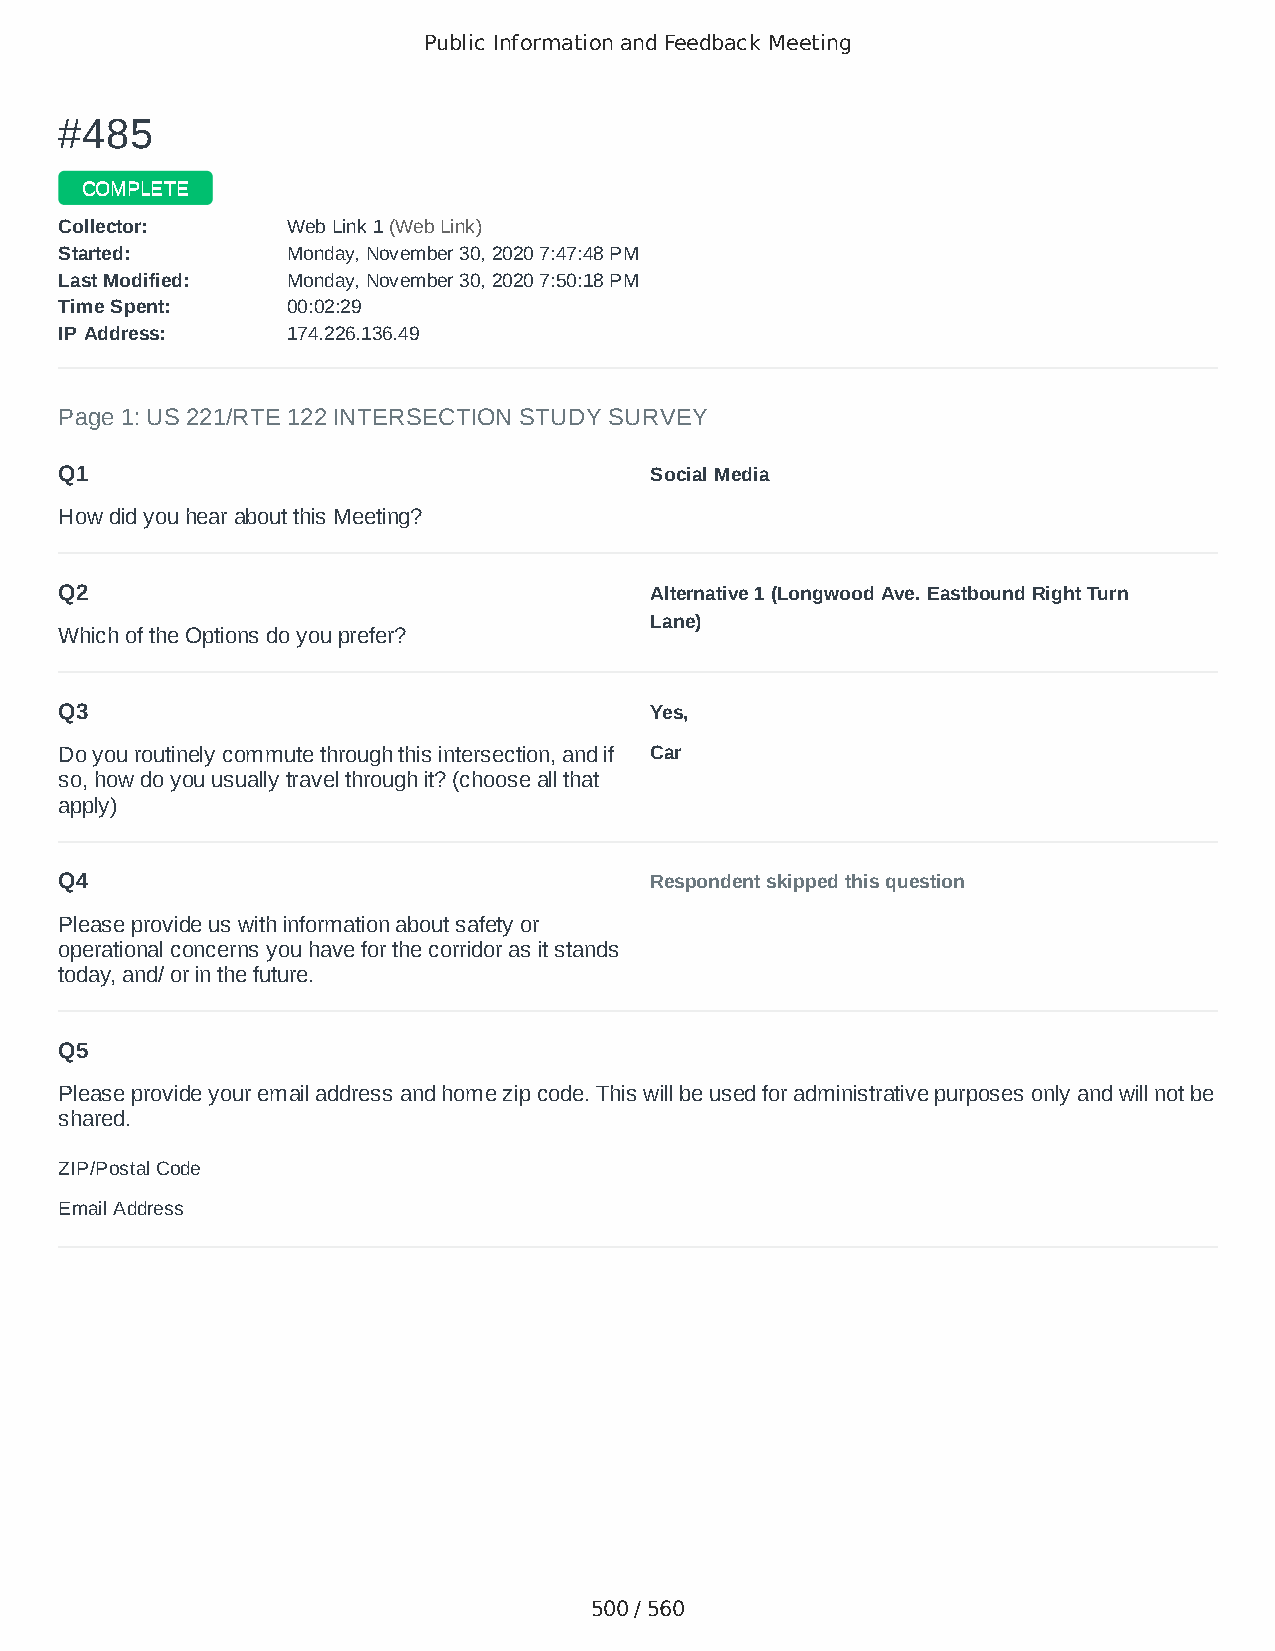
Public Information and Feedback Meeting
 ##448855
 CCOOMMPPLLEETTEE
 CCoolllleeccttoorr:: WWeebb LLiinnkk 11 ((WWeebb LLiinnkk))
 SSttaarrtteedd:: MMoonnddaayy,, NNoovveemmbbeerr 3300,, 22002200 77::4477::4488 PPMM
 LLaasstt MMooddiiffiieedd:: MMoonnddaayy,, NNoovveemmbbeerr 3300,, 22002200 77::5500::1188 PPMM
 TTiimmee SSppeenntt:: 0000::0022::2299
 IIPP AAddddrreessss:: 117744..222266..113366..4499
 Page 1: US 221/RTE 122 INTERSECTION STUDY SURVEY
 Q1                                     Social Media
 How did you hear about this Meeting?
 Q2                                     Alternative 1 (Longwood Ave. Eastbound Right Turn
 Lane)
 Which of the Options do you prefer?
 Q3                                     Yes,
 Do you routinely commute through this intersection, and if Car
 so, how do you usually travel through it? (choose all that
 apply)
 Q4                                     Respondent skipped this question
 Please provide us with information about safety or
 operational concerns you have for the corridor as it stands
 today, and/ or in the future.
 Q5
 Please provide your email address and home zip code. This will be used for administrative purposes only and will not be
 shared.
 ZIP/Postal Code                        24526
 Email Address                          moores123@msn.com
 500 / 560